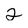
Character: 2